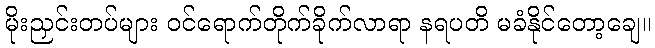
မိုးညှင်းတပ်များ ဝင်ရောက်တိုက်ခိုက်လာရာ နရပတိ မခံနိုင်တော့ချေ။